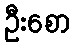
ဦးစော